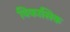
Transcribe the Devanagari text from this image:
विकासिक